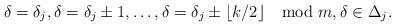
LaTeX: \begin{align*}\delta = \delta_{j}, \delta = \delta_{j} \pm 1, \dotsc, \delta = \delta_{j} \pm \lfloor k/2\rfloor \mod m, \delta\in \Delta_{j}.\end{align*}